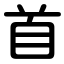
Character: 首